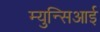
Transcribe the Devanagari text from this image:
म्युन्सिआई